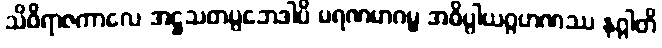
သိဝိရာဇကာလေ အဋ္ဌသတပ္ပဘေဒါပိ မရဏမာဂမ္မ အဓိပ္ပါယဂ္ဂဟဏဿ နဂ္ဂါတိ